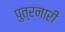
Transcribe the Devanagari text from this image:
पुत्रनारी